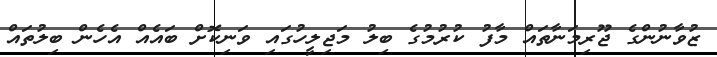
ޒުވާނުންގެ ޖޫރިމަނާތައް މާފު ކުރުމުގެ ބިލު މަޖިލީހުގައި ވަނިކޮށް ބައެއް އެހެން ބިލުތައް